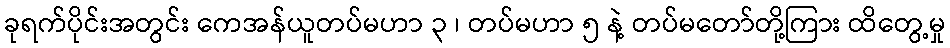
ခုရက်ပိုင်းအတွင်း ကေအန်ယူတပ်မဟာ ၃ ၊ တပ်မဟာ ၅ နဲ့ တပ်မတော်တို့ကြား ထိတွေ့မှု